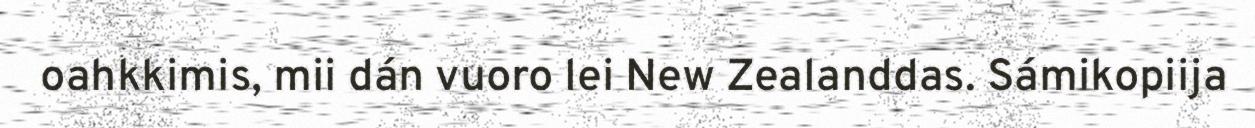
oahkkimis, mii dán vuoro lei New Zealanddas. Sámikopiija